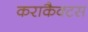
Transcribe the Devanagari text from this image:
कराकैक्टस